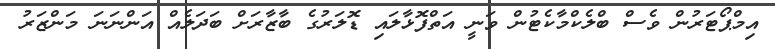
އިމްޕޯޓަރުން ވެސް ބްލެކްމާކެޓުން ވަނީ އަތްފޮޅާލައި ޑޮލަރުގެ ބާޒާރަށް ބަދަލެއް އަންނަނަ މަންޒަރު